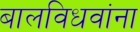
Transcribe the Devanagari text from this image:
बालविधवांना